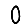
Digit: 0